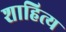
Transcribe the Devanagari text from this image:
शाहित्य